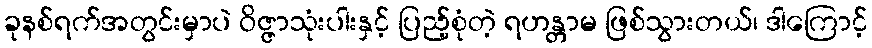
ခုနစ်ရက်အတွင်းမှာပဲ ဝိဇ္ဇာသုံးပါးနှင့် ပြည့်စုံတဲ့ ရဟန္တာမ ဖြစ်သွားတယ်၊ ဒါကြောင့်